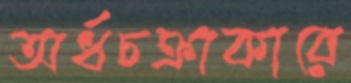
অর্ধচক্রাকারে